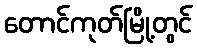
တောင်ကုတ်မြို့တွင်